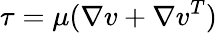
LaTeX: \tau=\mu(\nabla v+\nabla v^{T})